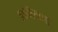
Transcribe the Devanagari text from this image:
तानियाला